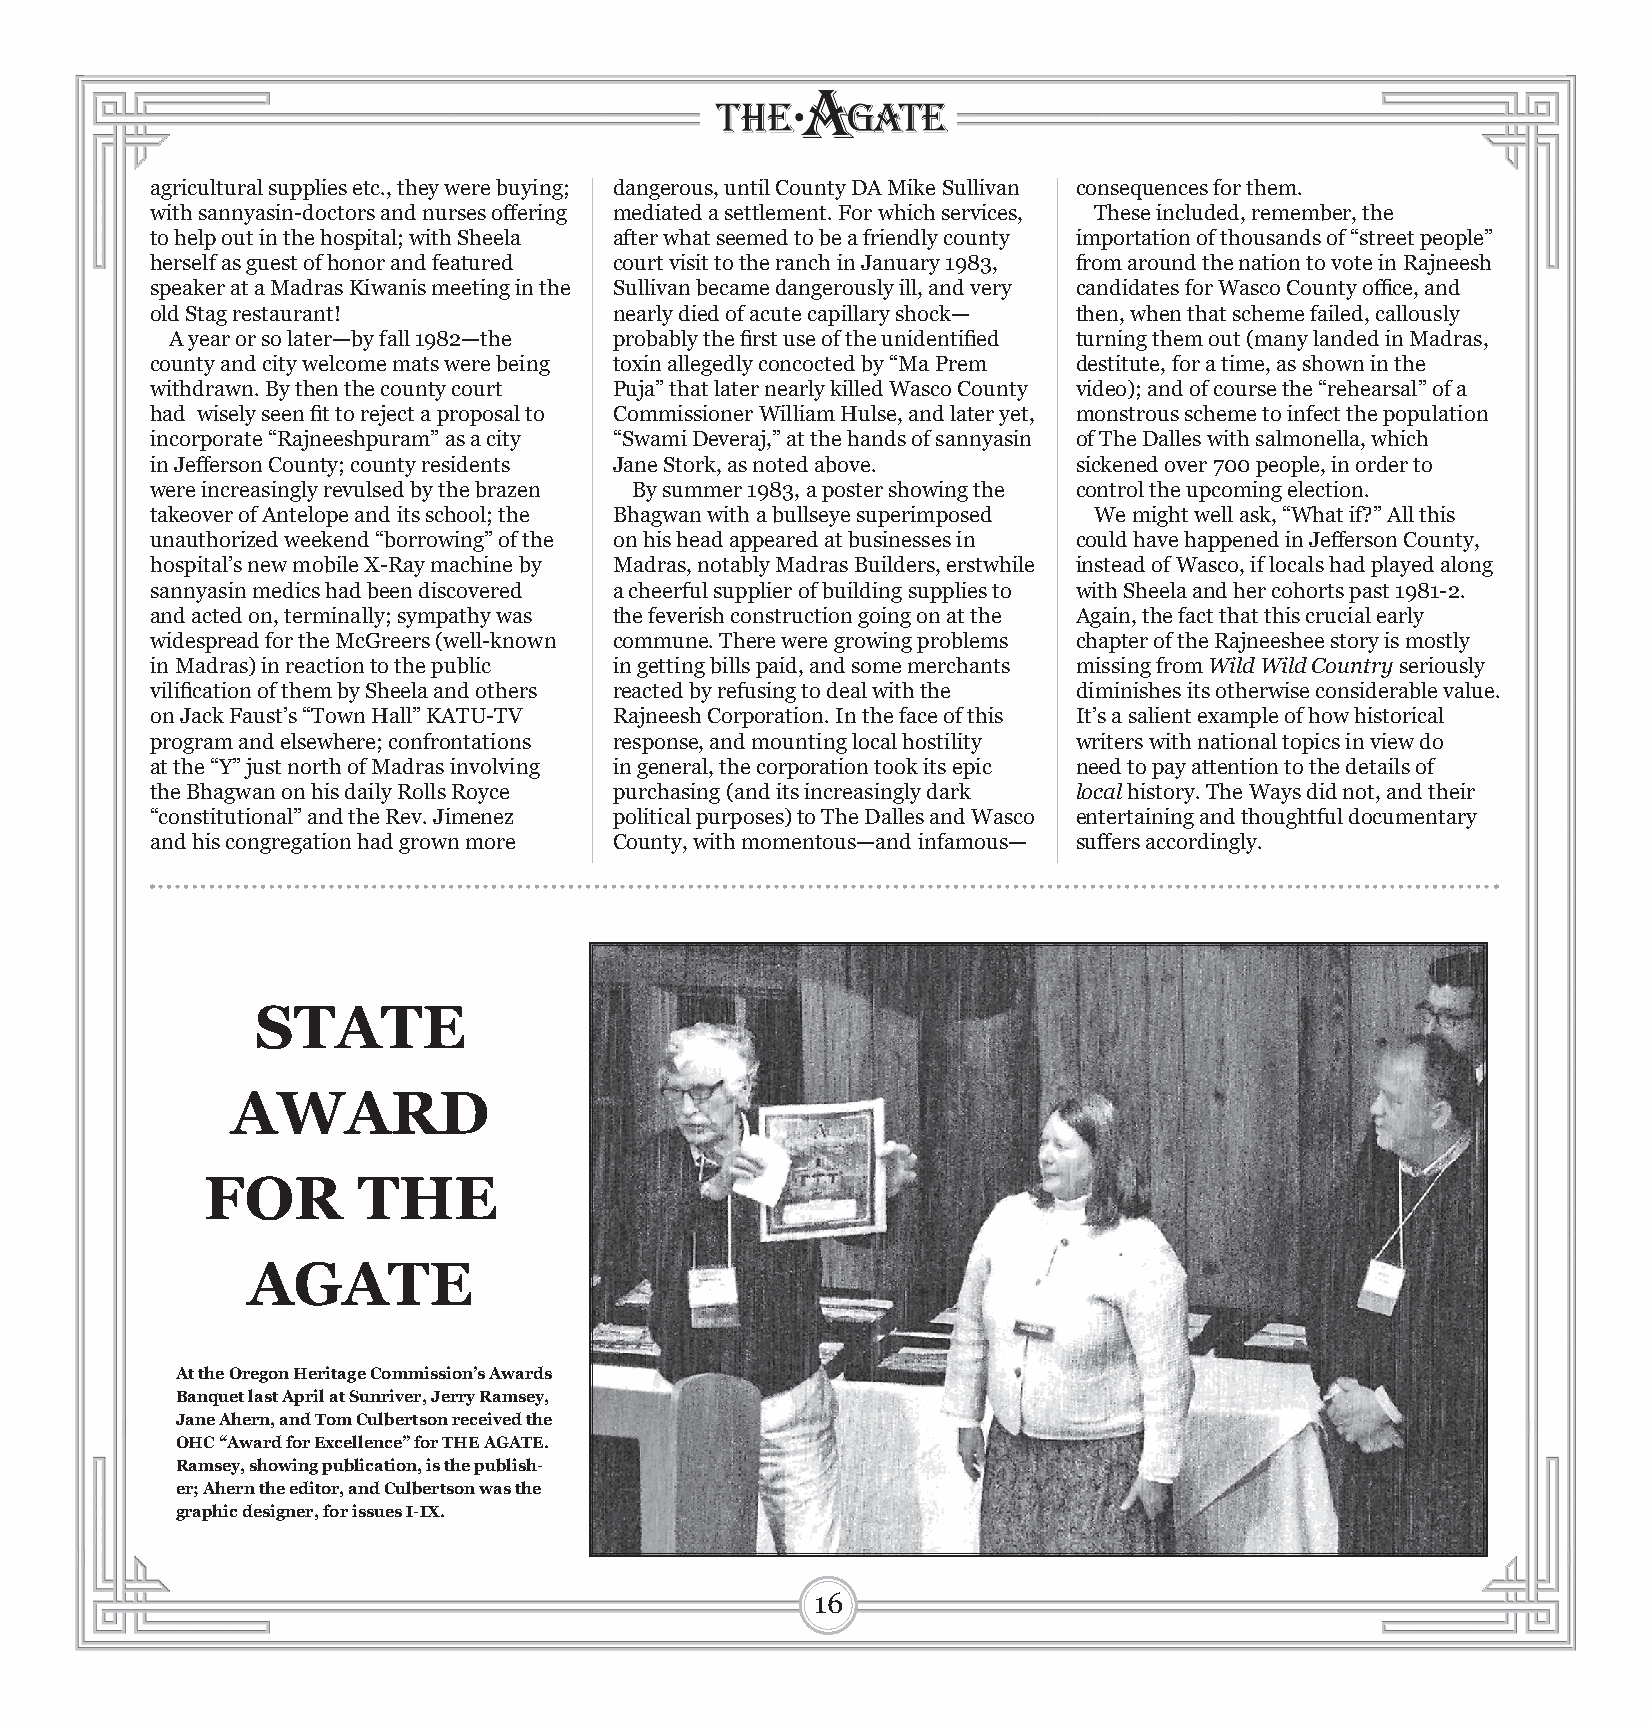
agricultural supplies etc., they were buying; dangerous, until County DA Mike Sullivan consequences for them.
 with sannyasin-doctors and nurses off ering mediated a settlement. For which services, These included, remember, the
 to help out in the hospital; with Sheela after what seemed to be a friendly county importation of thousands of “street people”
 herself as guest of honor and featured court visit to the ranch in January 1983, from around the nation to vote in Rajneesh
 speaker at a Madras Kiwanis meeting in the Sullivan became dangerously ill, and very candidates for Wasco County offi ce, and
 old Stag restaurant!           nearly died of acute capillary shock— then, when that scheme failed, callously
 A year or so later—by fall 1982—the probably the fi rst use of the unidentifi ed turning them out (many landed in Madras,
 county and city welcome mats were being toxin allegedly concocted by “Ma Prem destitute, for a time, as shown in the
 withdrawn. By then the county court Puja” that later nearly killed Wasco County video); and of course the “rehearsal” of a
 had wisely seen fi t to reject a proposal to Commissioner William Hulse, and later yet, monstrous scheme to infect the population
 incorporate “Rajneeshpuram” as a city “Swami Deveraj,” at the hands of sannyasin of The Dalles with salmonella, which
 in Jeff erson County; county residents Jane Stork, as noted above. sickened over 700 people, in order to
 were increasingly revulsed by the brazen By summer 1983, a poster showing the control the upcoming election.
 takeover of Antelope and its school; the Bhagwan with a bullseye superimposed We might well ask, “What if?” All this
 unauthorized weekend “borrowing” of the on his head appeared at businesses in could have happened in Jeff erson County,
 hospital’s new mobile X-Ray machine by Madras, notably Madras Builders, erstwhile instead of Wasco, if locals had played along
 sannyasin medics had been discovered a cheerful supplier of building supplies to with Sheela and her cohorts past 1981-2.
 and acted on, terminally; sympathy was the feverish construction going on at the Again, the fact that this crucial early
 widespread for the McGreers (well-known commune. There were growing problems chapter of the Rajneeshee story is mostly
 in Madras) in reaction to the public in getting bills paid, and some merchants missing from Wild Wild Country seriously
 vilifi cation of them by Sheela and others reacted by refusing to deal with the diminishes its otherwise considerable value.
 on Jack Faust’s “Town Hall” KATU-TV Rajneesh Corporation. In the face of this It’s a salient example of how historical
 program and elsewhere; confrontations response, and mounting local hostility writers with national topics in view do
 at the “Y” just north of Madras involving in general, the corporation took its epic need to pay attention to the details of
 the Bhagwan on his daily Rolls Royce purchasing (and its increasingly dark local history. The Ways did not, and their
 “constitutional” and the Rev. Jimenez political purposes) to The Dalles and Wasco entertaining and thoughtful documentary
 and his congregation had grown more County, with momentous—and infamous— suff ers accordingly.
 STATE
 AWARD
 FOR       THE
 AGATE
 At the Oregon Heritage Commission’s Awards
 Banquet last April at Sunriver, Jerry Ramsey,
 Jane Ahern, and Tom Culbertson received the
 OHC “Award for Excellence” for THE AGATE.
 Ramsey, showing publication, is the publish-
 er; Ahern the editor, and Culbertson was the
 graphic designer, for issues I-IX.
 1166